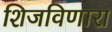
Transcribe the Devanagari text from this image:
शिजविणारा